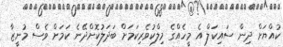
ކުއްޔަށް ދިން ސައިކަލް އެ މީހެއްގެ މިލްކުވެރިކަމަށް ބަދަލުކޮށްދޭނެ ކަމަށް ވެސް މުނީޒާ